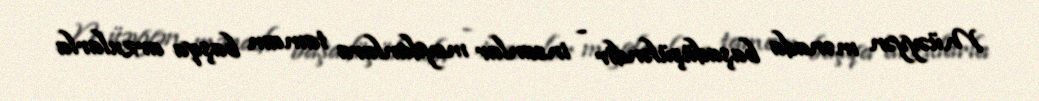
Müəyyən mənada başadüşüləndir - insanlar meydanlara tamam başqa arzularla